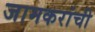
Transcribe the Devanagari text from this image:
जामकरांची